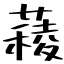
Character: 薐